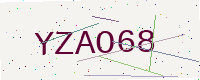
Text: YZAO68